Annual report of the Bengal Veterinary College and of the Civil Veterinary Department, Bengal, for the year 1907-1908 - 1907-1908
Year: 1907
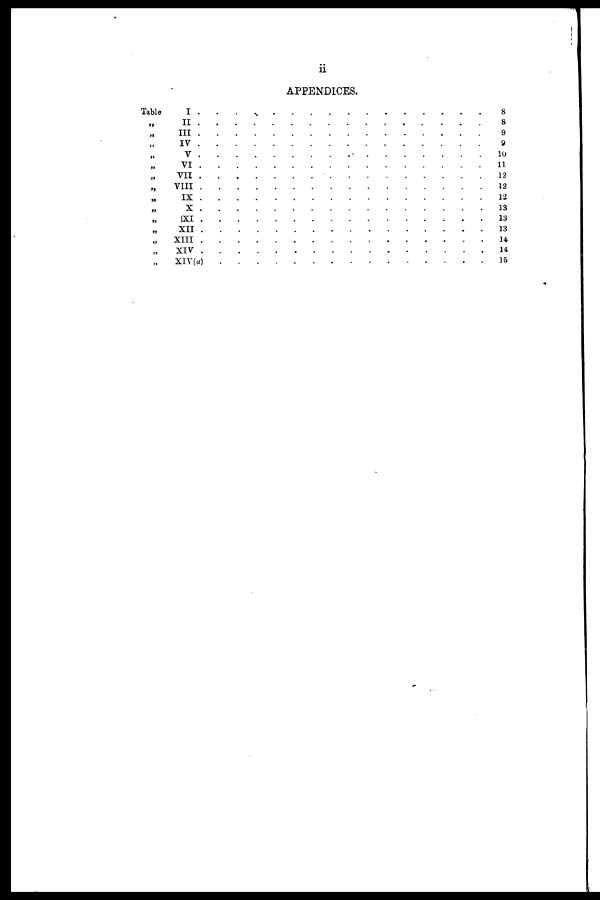
ii
APPENDICES.
„ II
.
.
.
.
.
.
.
.
.
.
.
.
.
.
.
.
„
III
.
.
.
.
.
.
.
.
.
.
.
.
.
.
.
.
„ IV
.
.
.
.
.
.
.
.
.
.
.
.
.
.
.
.
„ V . . . . . . . . . . . . . . . .
„ VI
.
.
.
.
.
.
.
.
.
.
.
.
.
.
.
.
„ VI
.
.
.
.
.
.
.
.
.
.
.
.
.
.
.
.
„
VIII . . . . . . . . . . . . . . .
„ IX
.
.
.
.
.
.
.
.
.
.
.
.
.
.
.
.
„ X . . . . . . . . . . . . . . . .
„ XI . . . . . . . . . . . . . . . .
„ XII
.
.
.
.
.
.
.
.
.
.
.
.
.
.
.
.
„ XIII . . . . . . . . . . . . . . . .
„ XIV . . . . . . . . . . . . . . . .
„ XIV(a)
.
.
.
.
.
.
.
.
.
.
.
.
.
.
.
.
8
8
9
9
10
11
12
12
12
13
13
13
14
14
15